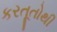
કરતૂતોથી